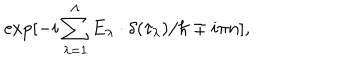
\exp [ - i \sum _ { \lambda = 1 } ^ { \Lambda } E _ { \lambda } \cdot \delta ( \tau _ { \lambda } ) / \hbar \mp i \pi n ] ,